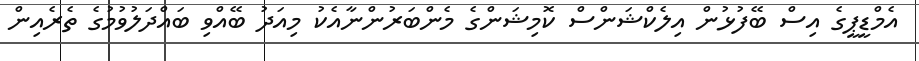
އެމްޑީޕީގެ އިސް ބޭފުޅުން އިލެކްޝަންސް ކޮމިޝަންގެ މެންބަރުންނާއެކު މިއަދު ބޭއްވި ބައްދަލުވުމުގެ ތެރެއިން